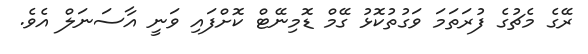
ރޭގެ މެޗުގެ ފުރަތަމަ ވަގުތުކޮޅު ގޭމް ޑޮމިނޭޓް ކޮށްފައި ވަނީ އާސަނަލް އެވެ.